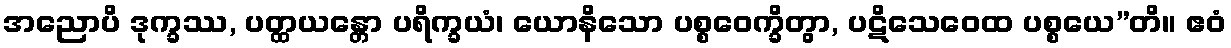
အညောပိ ဒုက္ခဿ, ပတ္ထယန္တော ပရိက္ခယံ၊ ယောနိသော ပစ္စဝေက္ခိတွာ, ပဋိသေဝေထ ပစ္စယေ”တိ။ ဧဝံ